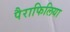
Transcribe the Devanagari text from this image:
पैराफिलिया